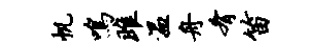
帆鸣雎温舟肴笛